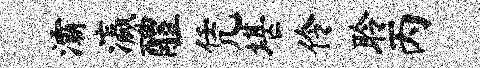
灞瀛醴凭堪伶聆丙